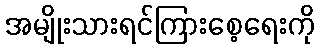
အမျိုးသားရင်ကြားစေ့ရေးကို